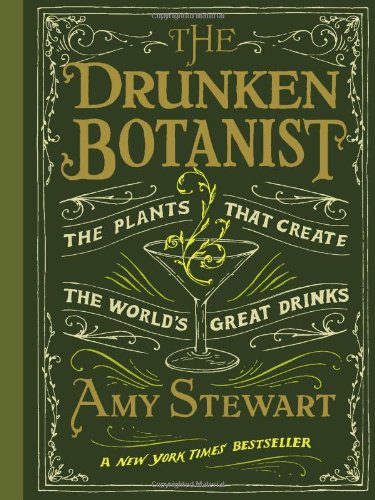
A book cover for The Drunken Botanist; Amy Stewart; Cookbooks, Food & Wine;